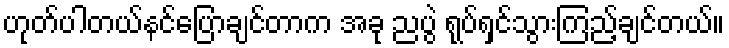
ဟုတ်ပါတယ်နင်ပြောချင်တာက အခု ညပွဲ ရုပ်ရှင်သွားကြည့်ချင်တယ်။